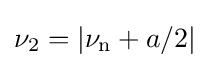
\nu _{\mathrm {2} }=|\nu _{\mathrm {n} }+a/2|